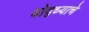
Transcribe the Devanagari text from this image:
योद्ध्याचे